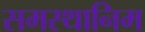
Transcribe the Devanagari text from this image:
समस्थानिम